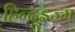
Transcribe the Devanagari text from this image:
हिन्दूइज़्म